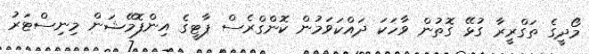
މޯދީގެ ތަގްރީރާ ގުޅޭ ގޮތުން ވާހަކަ ދައްކަވަމުން ކޮންގްރެސް ޕާޓީގެ އިންފޮމޭޝަން މިނިސްޓަރު